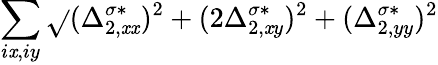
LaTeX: \sum_{i\mathit{x},iy}\sqrt{}{{(\Delta_{2,\mathit{x}\mathit{x}}^{\sigma*})^{2}+(2\Delta_{2,\mathit{x}y}^{\sigma*})^{2}+(\Delta_{2,yy}^{\sigma*})^{2}}}